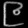
Digit: ၉